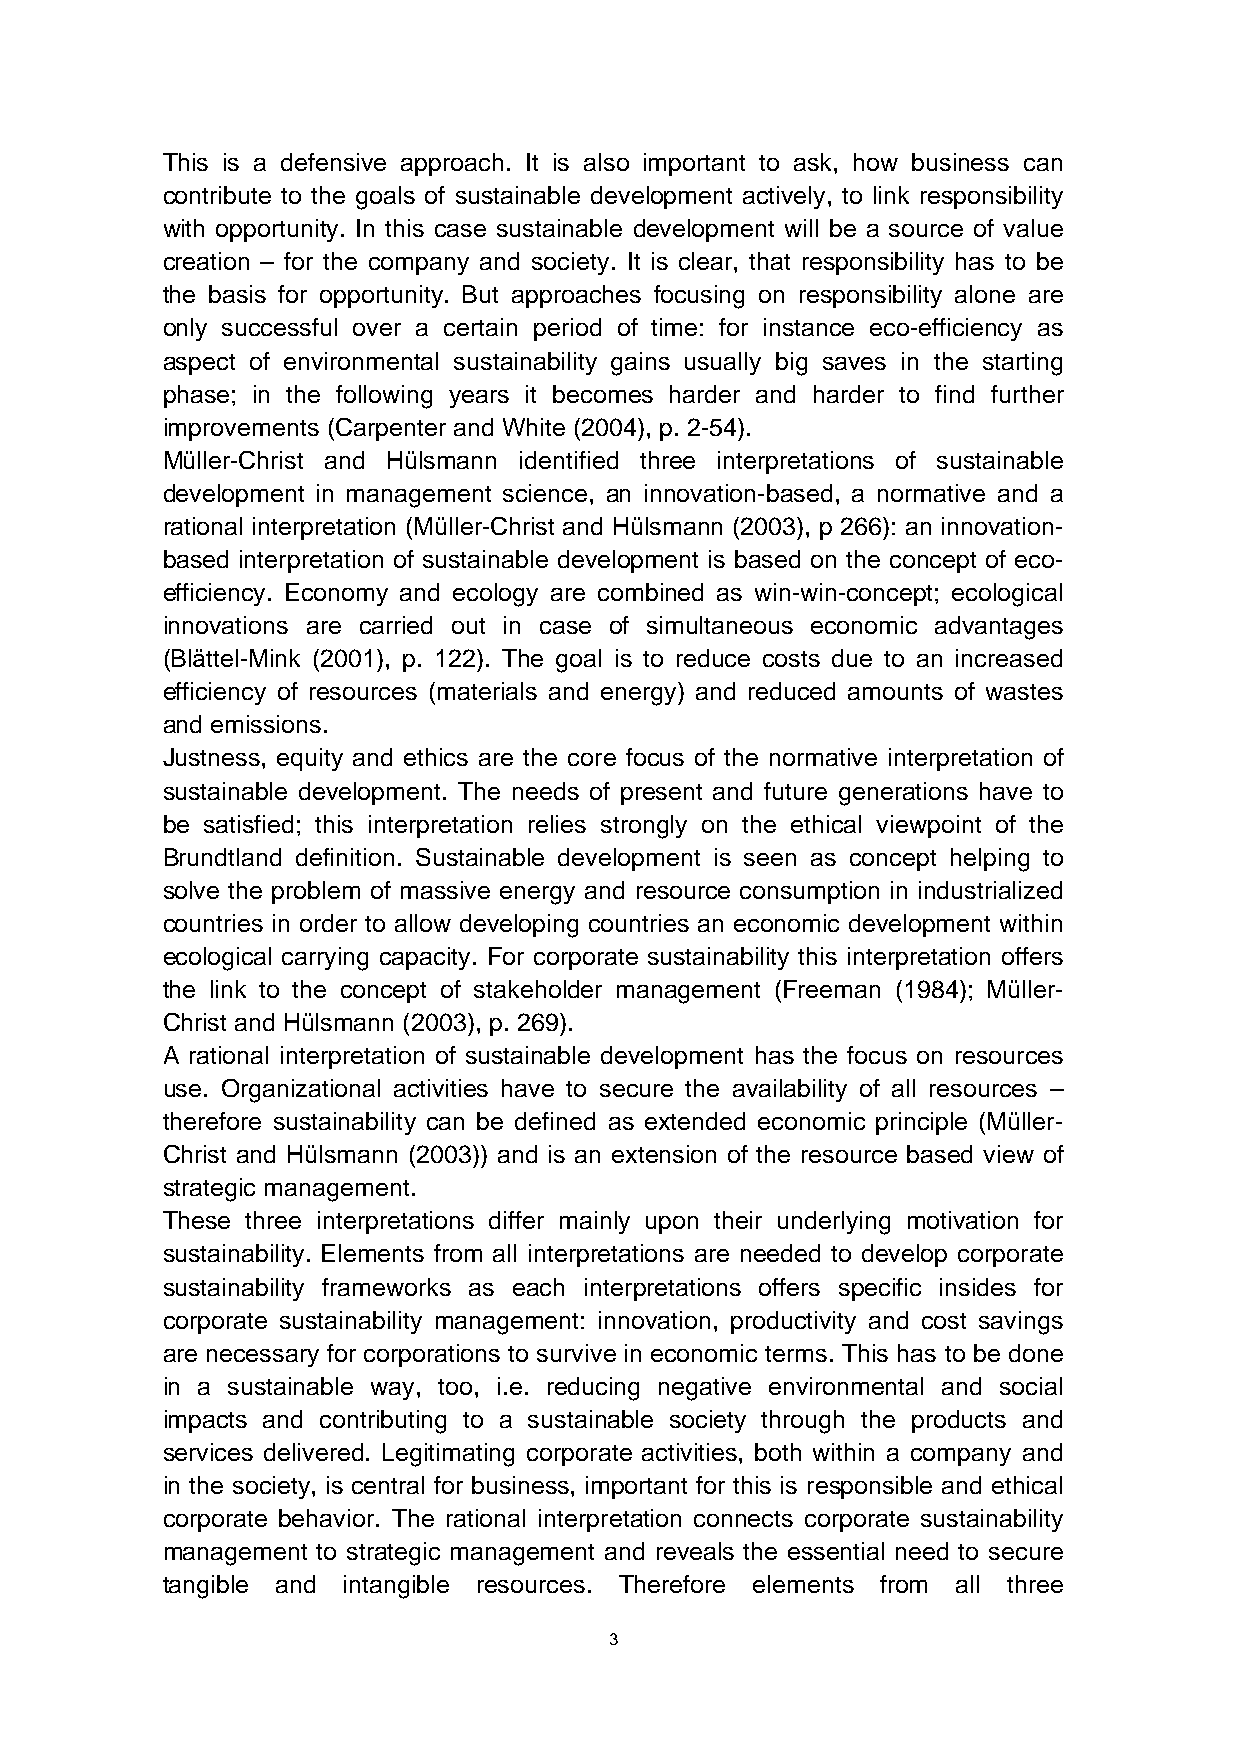
This is a defensive approach. It is also important to ask, how business can
 contribute to the goals of sustainable development actively, to link responsibility
 with opportunity. In this case sustainable development will be a source of value
 creation – for the company and society. It is clear, that responsibility has to be
 the basis for opportunity. But approaches focusing on responsibility alone are
 only successful over a certain period of time: for instance eco-efficiency as
 aspect of environmental sustainability gains usually big saves in the starting
 phase; in the following years it becomes harder and harder to find further
 improvements (Carpenter and White (2004), p. 2-54).
 Müller-Christ and Hülsmann identified three interpretations of sustainable
 development in management science, an innovation-based, a normative and a
 rational interpretation (Müller-Christ and Hülsmann (2003), p 266): an innovation-
 based interpretation of sustainable development is based on the concept of eco-
 efficiency. Economy and ecology are combined as win-win-concept; ecological
 innovations are carried out in case of simultaneous economic advantages
 (Blättel-Mink (2001), p. 122). The goal is to reduce costs due to an increased
 efficiency of resources (materials and energy) and reduced amounts of wastes
 and emissions.
 Justness, equity and ethics are the core focus of the normative interpretation of
 sustainable development. The needs of present and future generations have to
 be satisfied; this interpretation relies strongly on the ethical viewpoint of the
 Brundtland definition. Sustainable development is seen as concept helping to
 solve the problem of massive energy and resource consumption in industrialized
 countries in order to allow developing countries an economic development within
 ecological carrying capacity. For corporate sustainability this interpretation offers
 the link to the concept of stakeholder management (Freeman (1984); Müller-
 Christ and Hülsmann (2003), p. 269).
 A rational interpretation of sustainable development has the focus on resources
 use. Organizational activities have to secure the availability of all resources –
 therefore sustainability can be defined as extended economic principle (Müller-
 Christ and Hülsmann (2003)) and is an extension of the resource based view of
 strategic management.
 These three interpretations differ mainly upon their underlying motivation for
 sustainability. Elements from all interpretations are needed to develop corporate
 sustainability frameworks as each interpretations offers specific insides for
 corporate sustainability management: innovation, productivity and cost savings
 are necessary for corporations to survive in economic terms. This has to be done
 in a sustainable way, too, i.e. reducing negative environmental and social
 impacts and contributing to a sustainable society through the products and
 services delivered. Legitimating corporate activities, both within a company and
 in the society, is central for business, important for this is responsible and ethical
 corporate behavior. The rational interpretation connects corporate sustainability
 management to strategic management and reveals the essential need to secure
 tangible and intangible resources. Therefore elements from all three
 3